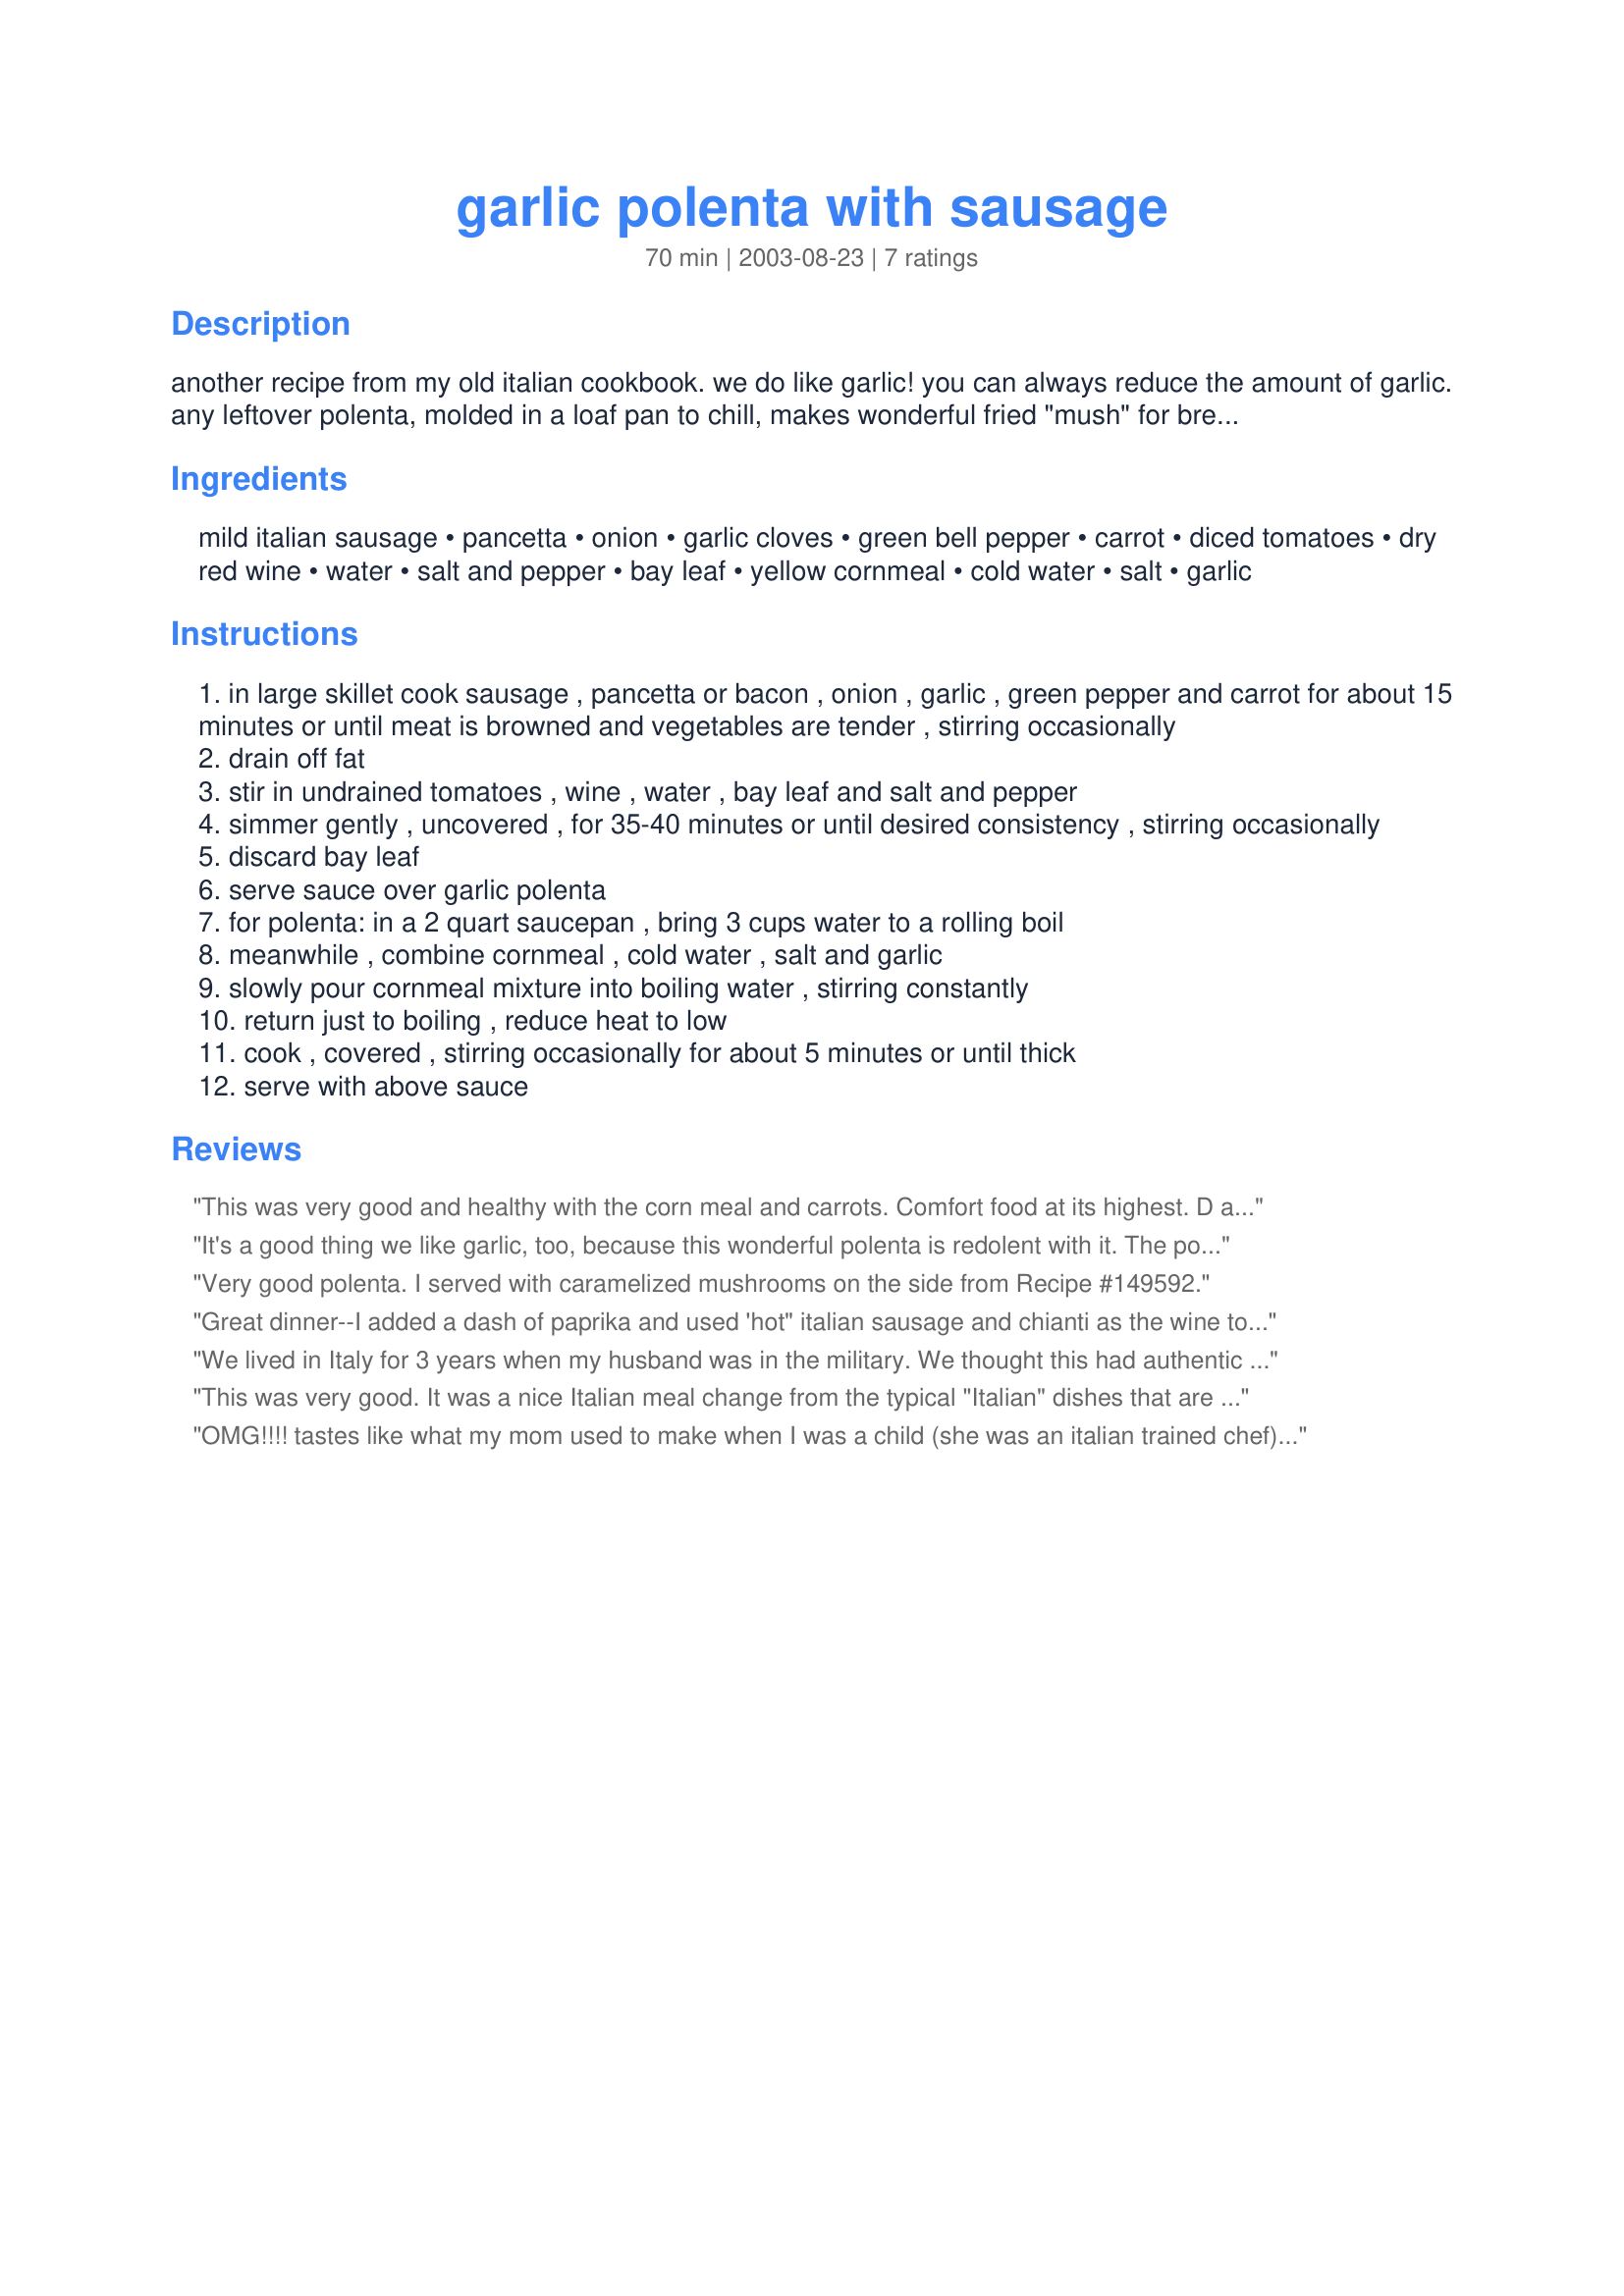
garlic polenta with sausage
Preparation time: 70 minutes

another recipe from my old italian cookbook. we do like garlic! you can always reduce the amount of garlic. any leftover polenta, molded in a loaf pan to chill, makes wonderful fried "mush" for breakfast another day. slice it 1/2 inch thick, dust with flour and fry in some oil until browned.

Ingredients:
mild italian sausage, pancetta, onion, garlic cloves, green bell pepper, carrot, diced tomatoes, dry red wine, water, salt and pepper, bay leaf, yellow cornmeal, cold water, salt, garlic

Steps:
in large skillet cook sausage , pancetta or bacon , onion , garlic , green pepper and carrot for about 15 minutes or until meat is browned and vegetables are tender , stirring occasionally
drain off fat
stir in undrained tomatoes , wine , water , bay leaf and salt and pepper
simmer gently , uncovered , for 35-40 minutes or until desired consistency , stirring occasionally
discard bay leaf
serve sauce over garlic polenta
for polenta: in a 2 quart saucepan , bring 3 cups water to a rolling boil
meanwhile , combine cornmeal , cold water , salt and garlic
slowly pour cornmeal mixture into boiling water , stirring constantly
return just to boiling , reduce heat to low
cook , covered , stirring occasionally for about 5 minutes or until thick
serve with above sauce

Reviews:
This was very good and healthy with the corn meal and carrots. Comfort food at its highest. D and her boyfriend ate almost all in 2 days. Yummy!
It's a good thing we like garlic, too, because this wonderful polenta is redolent with it. The polenta recipe is the best I've ever followed, I think. Not a lump to be seen. I used a spicy turkey sausage with sun-dried tomatoes (Sam's Club) instead of Italian sausage and bacon, and substituted a sweet red pepper for the carrot, only because I was out of carrots. A good Beaujolais was the wine. The sauce was wonderful, and with the polenta, even better. Just a divine creation! It will grace our table again.
Very good polenta. I served with caramelized mushrooms on the side from Recipe #149592.
Great dinner--I added a dash of paprika and used 'hot" italian sausage and chianti as the wine to kick it up a notch. Thabks
We lived in Italy for 3 years when my husband was in the military. We thought this had authentic italian flavor. I made this as directed except didn't have an entire greeen pepper and used frozen diced carrots. I did not cook down the meat sauce for the entire 35-40 minutes. I found 20 was plenty to make a nice consistency and flavor blend. I will make this again! The polenta was lump free and flavorful. Easier than any I have ever made. We will be frying the chilled and sliced left-overs in a bit of olive oil.
This was very good. It was a nice Italian meal change from the typical "Italian" dishes that are usually on our table! Thank you for a nice recipe.
OMG!!!! tastes like what my mom used to make when I was a child (she was an italian trained chef). She'd make stuff like this for us at home because it was easy and took little effrt. If your job is to cook complex dishes night after night you'd cook simply at home. We eat alot of mistakes but this wasn't one of them, thanks for posting this, mom's recipe was long lost since she passed away. I remember mom adding butter, cheese, and cream to the polenta. If you love real italian food then this is a must try recipe.
